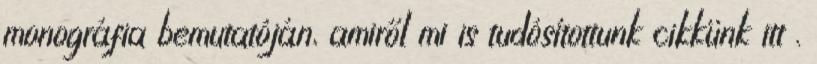
monográfia bemutatóján, amiről mi is tudósítottunk cikkünk itt .